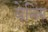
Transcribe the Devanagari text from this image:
वेनिंग